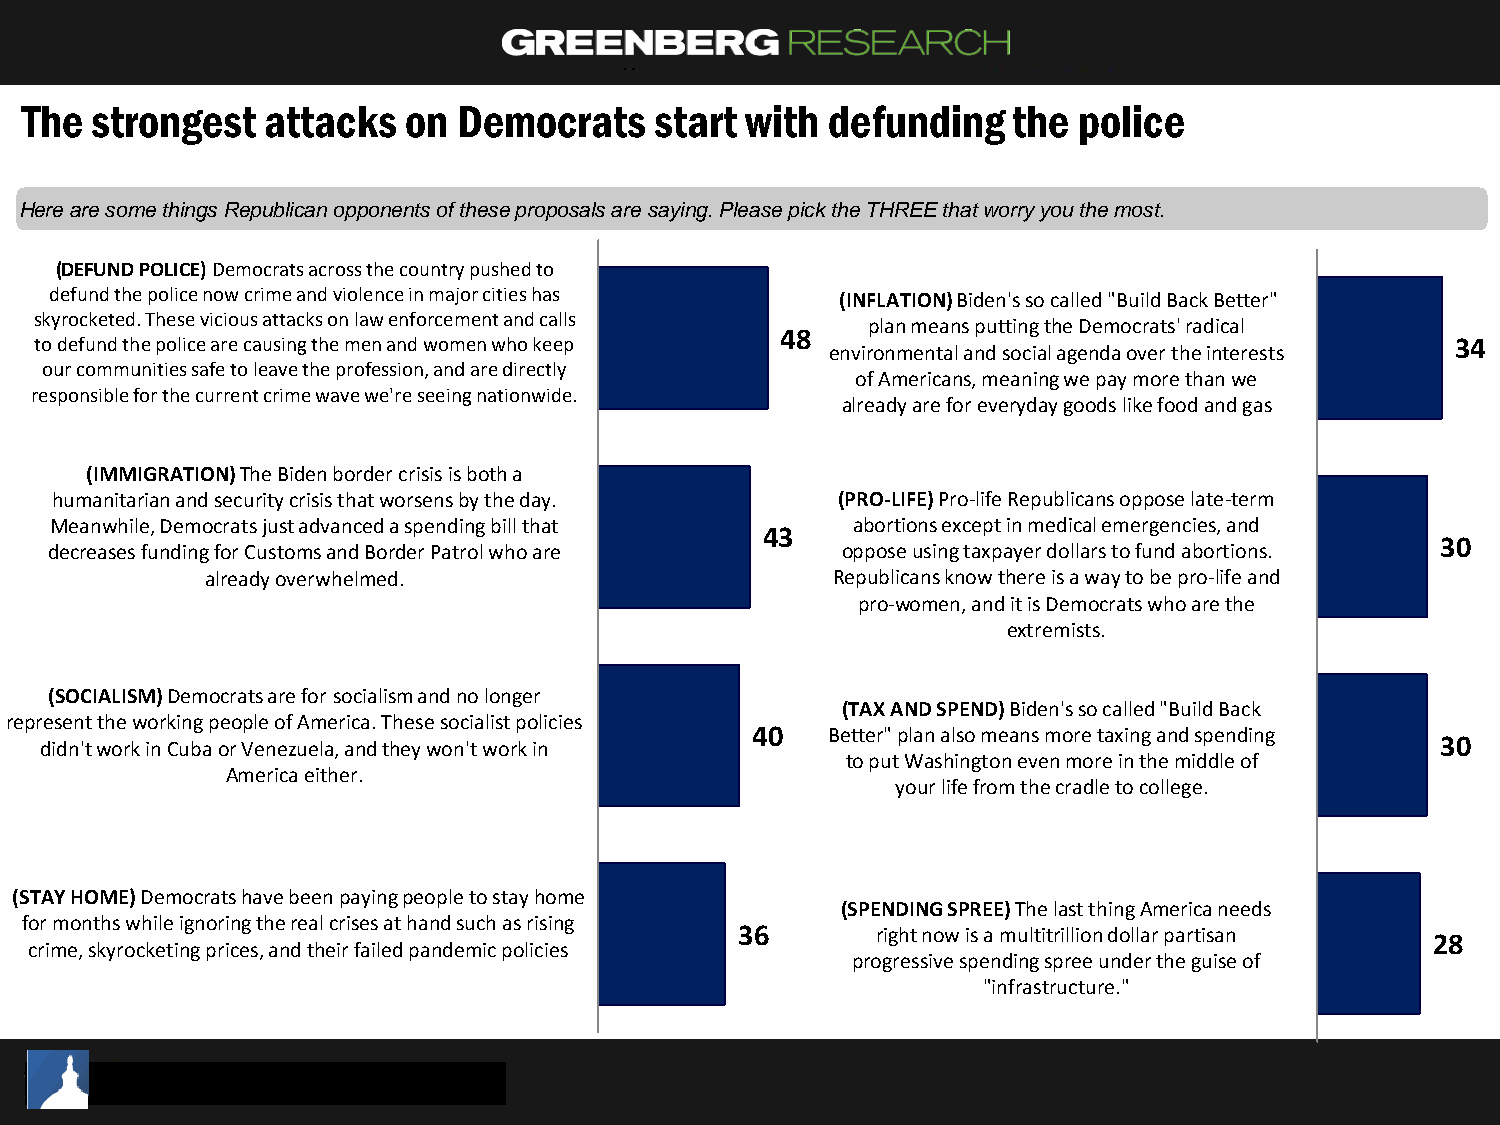
The  strongest   attacks  on Democrats    start with  defunding   the police
 Here are some things Republican opponents of these proposals are saying. Please pick the THREE that worry you the most.
 (DEFUND POLICE) Democrats across the country pushed to
 defund the police now crime and violence in major cities has (INFLATION) Biden's so called "Build Back Better"
 skyrocketed. These vicious attacks on law enforcement and calls plan means putting the Democrats' radical
 48
 to defund the police are causing the men and women who keep                                   34
 environmental and social agenda over the interests
 our communities safe to leave the profession, and are directly
 of Americans, meaning we pay more than we
 responsible for the current crime wave we're seeing nationwide.
 already are for everyday goods like food and gas
 (IMMIGRATION) The Biden border crisis is both a
 humanitarian and security crisis that worsens by the day. (PRO-LIFE) Pro-life Republicans oppose late-term
 Meanwhile, Democrats just advanced a spending bill that abortions except in medical emergencies, and
 43
 30
 decreases funding for Customs and Border Patrol who are oppose using taxpayer dollars to fund abortions.
 already overwhelmed.                     Republicans know there is a way to be pro-life and
 pro-women, and it is Democrats who are the
 extremists.
 (SOCIALISM) Democrats are for socialism and no longer
 (TAX AND SPEND) Biden's so called "Build Back
 represent the working people of America. These socialist policies
 40   Better" plan also means more taxing and spending
 30
 didn't work in Cuba or Venezuela, and they won't work in
 to put Washington even more in the middle of
 America either.
 your life from the cradle to college.
 (STAY HOME) Democrats have been paying people to stay home
 (SPENDING SPREE) The last thing America needs
 for months while ignoring the real crises at hand such as rising
 36       right now is a multitrillion dollar partisan 28
 crime, skyrocketing prices, and their failed pandemic policies
 progressive spending spree under the guise of
 "infrastructure."